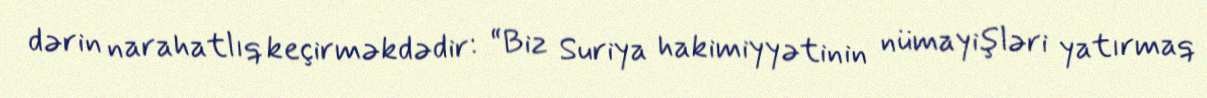
dərin narahatlıq keçirməkdədir: “Biz Suriya hakimiyyətinin nümayişləri yatırmaq